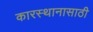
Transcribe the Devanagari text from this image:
कारस्थानासाठी